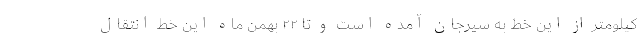
کیلومتر از این خط به سیرجان آمده است و تا ۲۲ بهمن ماه این خط انتقال